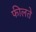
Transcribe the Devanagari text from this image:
फीलते